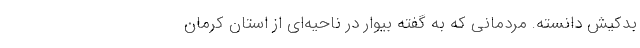
بدکیش دانسته. مردمانی که به گفته بیوار در ناحیه‌ای از استان کرمان